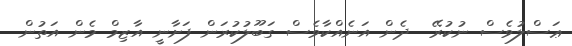
ޢަސްލުވެސް ނުކުރޭ  ދެން އަނެއްކާވެސް ގަބޫލުކުރަން ފަށާނީ އާޒިމް މެން އަތުން